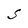
Character: S